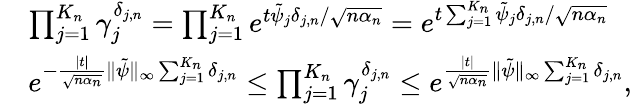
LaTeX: \begin{array}{rl}&{\prod_{j=1}^{K_{n}}\gamma_{j}^{\delta_{j,n}}=\prod_{j=1}^{K_{n}}e^{t\tilde{\psi}_{j}\delta_{j,n}/\sqrt{n\alpha_{n}}}=e^{t\sum_{j=1}^{K_{n}}\tilde{\psi}_{j}\delta_{j,n}/\sqrt{n\alpha_{n}}}}\\ &{e^{-\frac{|t|}{\sqrt{n\alpha_{n}}}\| \tilde{\psi}\| _{\infty}\sum_{j=1}^{K_{n}}\delta_{j,n}}\leq\prod_{j=1}^{K_{n}}\gamma_{j}^{\delta_{j,n}}\leq e^{\frac{|t|}{\sqrt{n\alpha_{n}}}\| \tilde{\psi}\| _{\infty}\sum_{j=1}^{K_{n}}\delta_{j,n}},}\end{array}